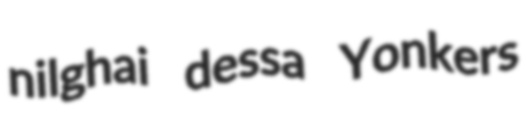
nilghai dessa Yonkers